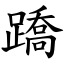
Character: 蹻